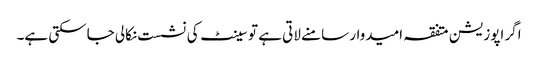
اگر اپوزیشن متفقہ امیدوار سامنے لاتی ہے تو سینٹ کی نشست نکالی جاسکتی ہے۔